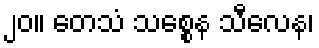
၂၀။ တေသံ သစ္စေန သီလေန၊